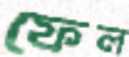
ফেল